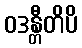
ဝဒန္တီတိပိ